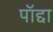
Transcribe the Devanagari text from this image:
पॉद्दा